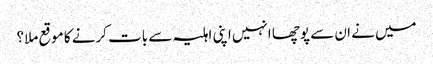
میں نے ان سے پوچھا انہیں اپنی اہلیہ سے بات کرنے کا موقع ملا؟